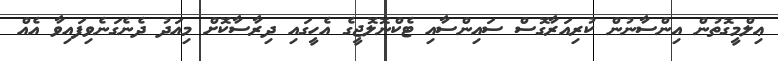
ޢިލްމީގޮތުން އިންސާނުން ކުރިއަރާގޮސް ސައިންސާއި ޓެކްނޮލޮޖީގެ އެހީގައި ދިރާސާކޮށް މިއަދު ދެނެގަނެވިފައިވާ އެއް